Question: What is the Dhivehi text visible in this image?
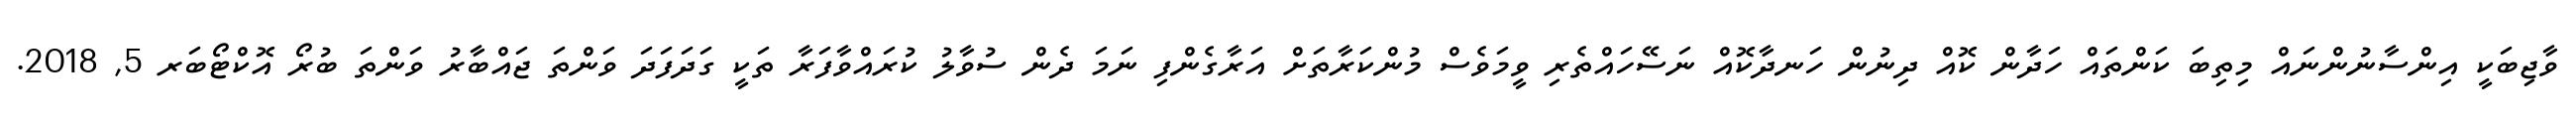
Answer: ވާޖިބަކީ އިންސާނުންނައް މިތިބަ ކަންތައް ހަދާން ކޮއް ދިނުން ހަނދާކޮއް ނަސޭހައްތެރި ވީމަވެސް މުންކަރާތަށް އަރާގެންފި ނަމަ ދެން ސުވާލު ކުރައްވާފަރާ ތަކީ ގަދަފަދަ ވަންތަ ޖައްބާރު ވަންތަ ބުރޯ އޮކްޓޯބަރ 5, 2018.